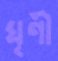
ঘৃণী